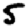
Digit: 5